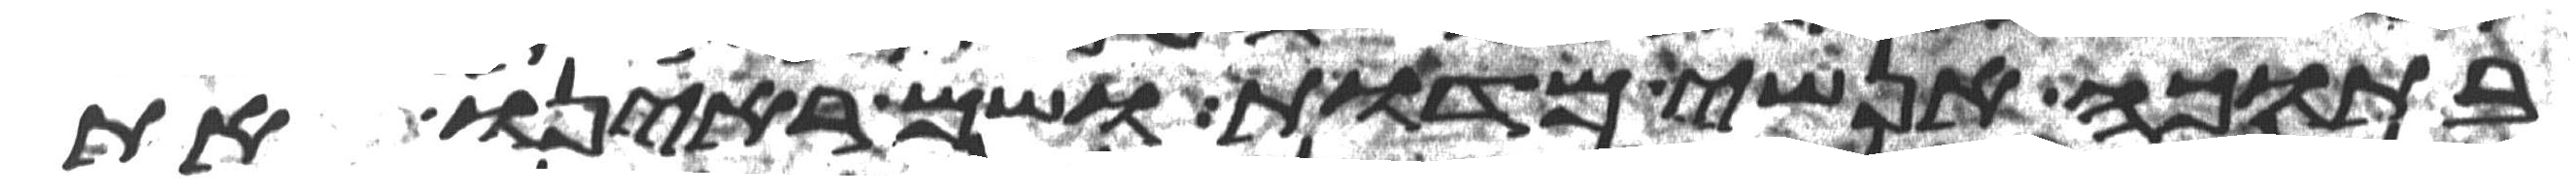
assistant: בתוכה אנשי מדות ושם ראינו את